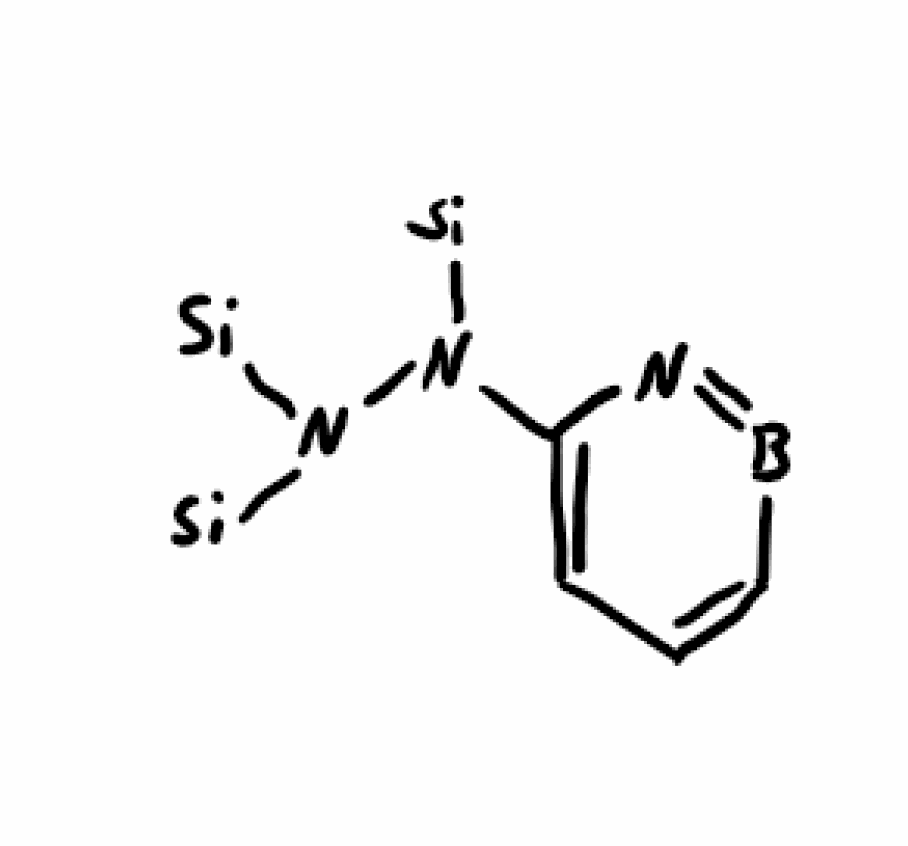
Simplified molecular-input line-entry system (SMILES) notation of the given molecule:
B1=NC(=CC=C1)N(N([Si])[Si])[Si]